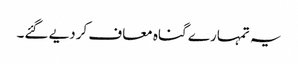
یہ تمہارے گناہ معاف کردیے گئے۔